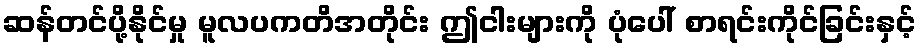
ဆန်တင်ပို့နိုင်မှု မူလပကတိအတိုင်း ဤငါးများကို ပုံပေါ် စာရင်းကိုင်ခြင်းနှင့်